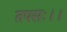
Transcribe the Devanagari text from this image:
तपसः।।